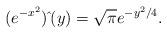
LaTeX: \begin{align*}(e^{-x^{2}})\hat{\,}(y)=\sqrt{\pi }e^{-y^{2}/4}.\end{align*}